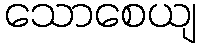
သောစေယျ